system: You are a helpful assistant.
user:
Analyze the provided spectrum to determine if it is a **White Dwarf (WD)**.

A White Dwarf spectrum is defined by its **extreme purity** (due to gravitational settling) and/or **extreme pressure broadening** (due to high surface gravity). You must check for one of the following mutually exclusive signatures:

- **Key Visual Indicators (Check for ONE of these types):**

    - **1. DA-Type Signature (Most Common):**
        - **(Primary Feature):** Extreme pressure broadening (Stark broadening) of the **Hydrogen (H) Balmer lines**.
        - **(Key Lines):** $H\beta$ (approx. $4861$ Å) and $H\gamma$ (approx. $4340$ Å). $H\alpha$ (approx. $6563$ Å) will also be present if the wavelength range covers it.
        - **(Line Profile):** This is the **defining feature**. The lines are **NOT** sharp. They appear as massive, **extremely broad and deep "troughs" or "dips"** in the spectrum, often hundreds of Ångströms wide. The continuum will appear to "scoop" down at these wavelengths.
        - **(Distinction):** Normal A-type or B-type stars have *narrow* and *sharp* Hydrogen lines. A DA White Dwarf's lines are unmistakably "smeared" or "blurry" from pressure.

    - **2. DB-Type Signature:**
        - **(Primary Feature):** Broad absorption lines from **Neutral Helium (He I)**. The spectrum must lack any visible Hydrogen lines.
        - **(Key Lines):** Look for broad absorption near $4471$ Å, $4921$ Å, and $5876$ Å.
        - **(Line Profile):** These lines are also significantly pressure-broadened, appearing much wider than they would in a normal B-type main-sequence star.

    - **3. DC-Type Signature:**
        - **(Primary Feature):** A **featureless continuous spectrum**.
        - **(Line Profile):** The spectrum is a smooth curve with **no significant absorption or emission lines**.
        - **(Key Confirmation):** The continuum is almost always **blue or white**, indicating a hot object. This signature implies the atmosphere is so pure (or so cool) that no spectral lines are visible in the optical range. Its WD identity is confirmed by its extremely low intrinsic brightness (high absolute magnitude).

    - **4. DZ-Type Signature (Metal-Polluted):**
        - **(Primary Feature):** **Isolated, narrow metal absorption lines** on an otherwise featureless (DC-like) continuum.
        - **(Key Lines):** The **Calcium (Ca II) H & K doublet** (approx. **$3934$ Å** and **$3968$ Å**) is the most common and defining feature.
        - **(Line Profile):** These lines are "out of place." They are *not* part of a "forest" of thousands of lines. This signature is evidence of recent *accretion* (pollution) from rocky debris.
        - **(Distinction):** Normal G/K/M stars have a *dense forest* of thousands of metal lines. A DZ has a *clean* continuum with *only a few* strong metal lines.

    - **5. DQ-Type Signature (Carbon-Polluted):**
        - **(Primary Feature):** Absorption bands from **Carbon (C₂ "Swan Bands" or atomic C I)**.
        - **(Key Lines - C₂):** Look for bandheads with a "saw-tooth" shape near $5635$ Å, **$5165$ Å** (strongest), and $4737$ Å.
        - **(Key Confirmation):** The underlying **continuum must be blue or white** (hot).
        - **(Distinction):** This is the critical difference from a **Carbon Star**, which has the *exact same* C₂ bands but on an extremely **red, cool** continuum.

- **(Overall Spectrum):**
    - The continuum (overall shape) is typically **blue-sloping** (brighter in the blue than the red), as most white dwarfs are very hot.
    - The spectrum will look "pure" or "simple," dominated by only *one* of the five signatures listed above.

Think first, call **spectral_visualization_tool** if needed to examine features in detail, then provide your final answer. Your response must adhere to the following strict rules:
1.  **Overall Structure:** Your response must follow the format `<think>...</think> <tool_call>...</tool_call> (if a tool is used) <answer>...</answer>`.
2.  **Tool Usage Constraint:** You may only make **one** tool call per turn.
3.  **Final Answer Format:** In the `<answer>` tag, your conclusion must be inside a `\boxed{}` command (e.g., `\boxed{YES}` or `\boxed{NO}`), followed by your justification.

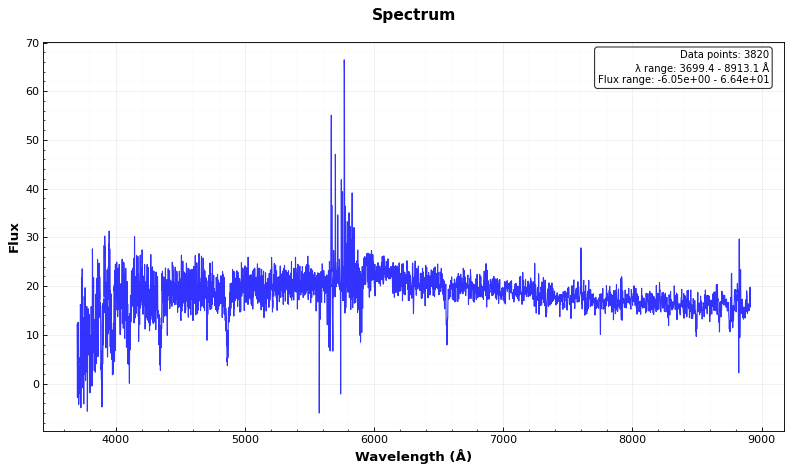
Answer: NO